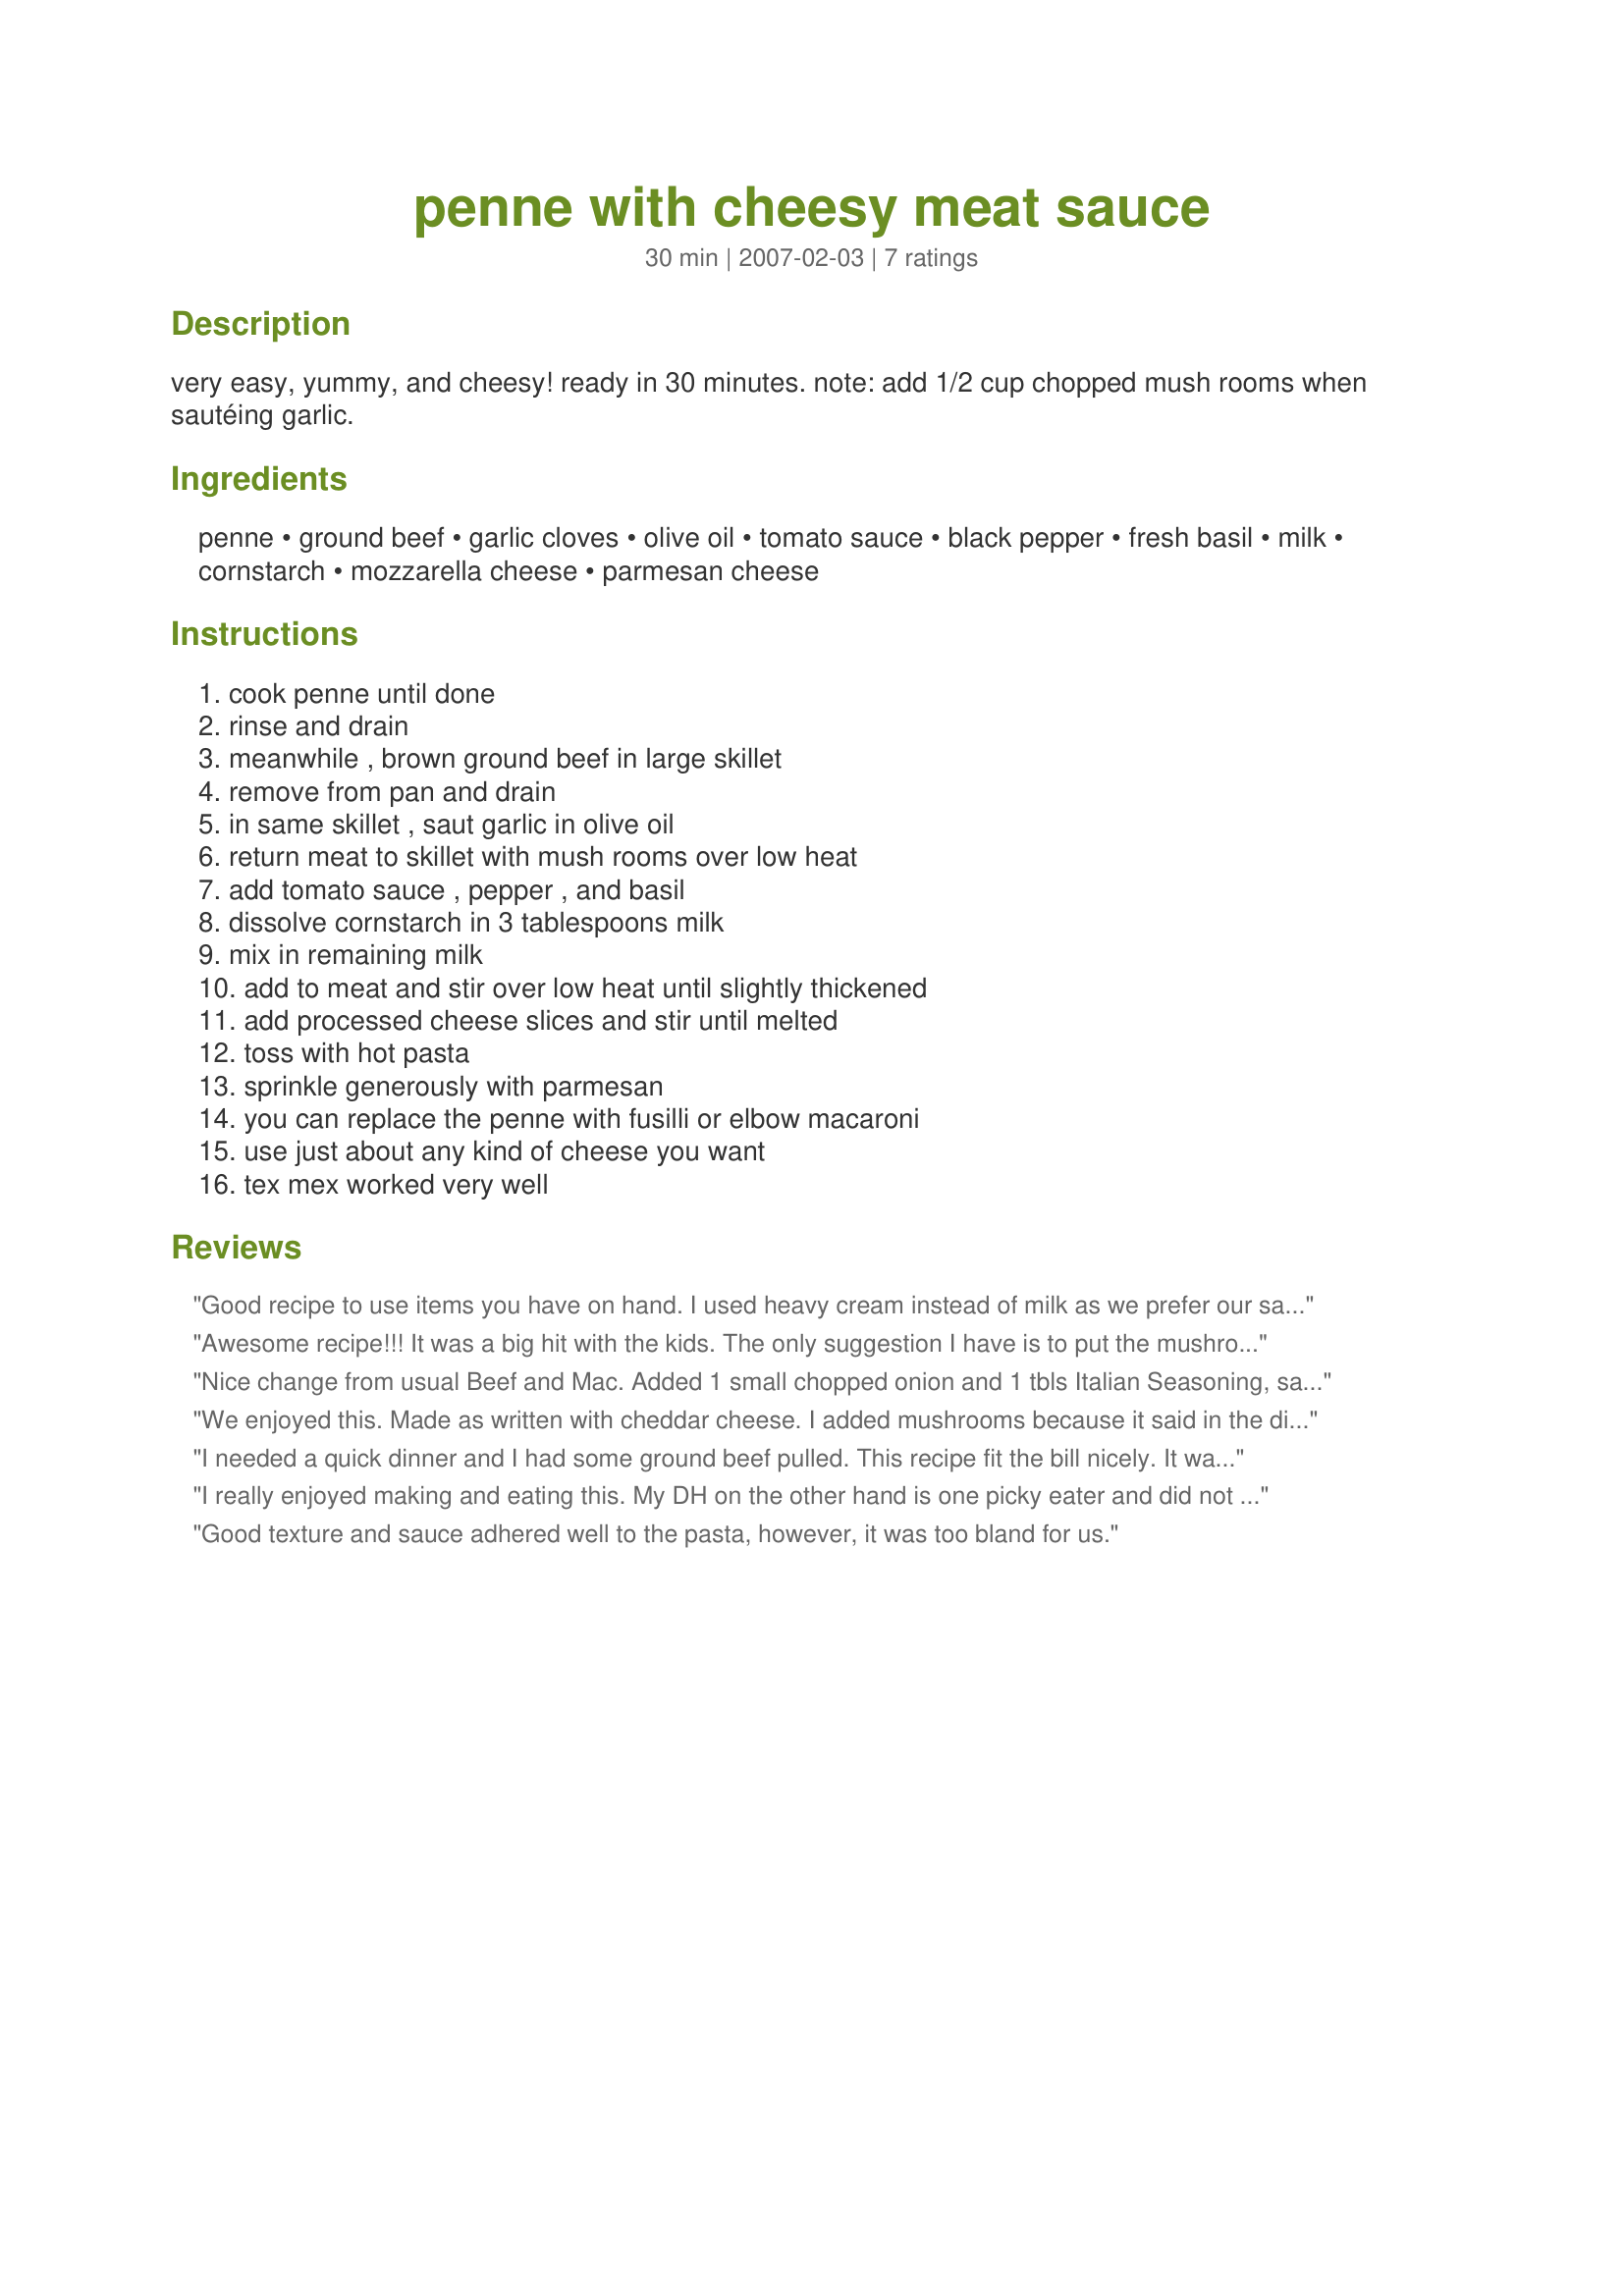
penne with cheesy meat sauce
Preparation time: 30 minutes

very easy, yummy, and cheesy! ready in 30 minutes.

note: add 1/2 cup chopped mush rooms when sautéing garlic.

Ingredients:
penne, ground beef, garlic cloves, olive oil, tomato sauce, black pepper, fresh basil, milk, cornstarch, mozzarella cheese, parmesan cheese

Steps:
cook penne until done, rinse and drain, meanwhile , brown ground beef in large skillet, remove from pan and drain, in same skillet , saut garlic in olive oil, return meat to skillet with mush rooms over low heat, add tomato sauce , pepper , and basil, dissolve cornstarch in 3 tablespoons milk, mix in remaining milk, add to meat and stir over low heat until slightly thickened, add processed cheese slices and stir until melted, toss with hot pasta, sprinkle generously with parmesan, you can replace the penne with fusilli or elbow macaroni, use just about any kind of cheese you want, tex mex worked very well

Reviews:
Good recipe to use items you have on hand. I used heavy cream instead of milk as we prefer our sauces really creamy. I prefer more 'interest' in my pasta, but my DH likes his pasta plain - like this recipe! Will make again for the DH.
Awesome recipe!!! It was a big hit with the kids. The only suggestion I have is to put the mushrooms and garlic in the ingredients list. I only looked at the ingredients prior to making it and I didn't have mushrooms on hand. The kids liked that part though. This one is a keeper!!!
Nice change from usual Beef and Mac. Added 1 small chopped onion and 1 tbls Italian Seasoning, salt&pepper. Made for Fall Pac 07.
We enjoyed this. Made as written with cheddar cheese. I added mushrooms because it said in the directions it wasn't in the ingredient list with how much to use so I eyeballed it. I also used 2 tsp italian seasoning and dry basil sprinkled over it and mixed in as I didn't have fresh basil. It was fast and easy and I had most of the ingredients on hand. The extra seasonings plus salt and pepper really make it as a reviewer suggested. Next time I will add onions to when I make the meat. Thanks for posting Rachchow! Enjoy! ChefDLH
I needed a quick dinner and I had some ground beef pulled. This recipe fit the bill nicely. It was quick and easy to make. I followed the recipe except I cooked the garlic with the beef and used a teaspoon of already minced garlic. I also used a 15 ounce can of tomato sauce and a cup of half and half. I didn't add the cornstarch as I didn't think it needed it. I also used a cup a mozzarella, a cup of cheddar and a cup of parmesan cheese. I did add a pinch of pepper but my family thought it needed a lot more then a pinch. We also thought it could have used some other seasoning too. All in all it was a tasty, quick dinner.
I really enjoyed making and eating this. My DH on the other hand is one picky eater and did not care for it all that much.
Good texture and sauce adhered well to the pasta, however, it was too bland for us.
